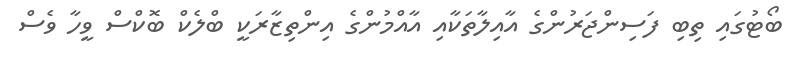
ބޯޓުގައި ތިބި ފަސިންޖަރުންގެ އާއިލާތަކާއި އާއްމުންގެ އިންތިޒާރަކީ ބްލެކް ބޮކްސް ވީހާ ވެސް